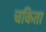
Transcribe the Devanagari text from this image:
चकिता